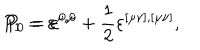
P _ { 1 } = \varepsilon ^ { \mu , \mu } + \frac 1 2 \varepsilon ^ { [ \mu \nu ] , [ \mu \nu ] } , \hspace { 0 . 5 i n } P _ { 0 } = \varepsilon ^ { 0 , 0 }